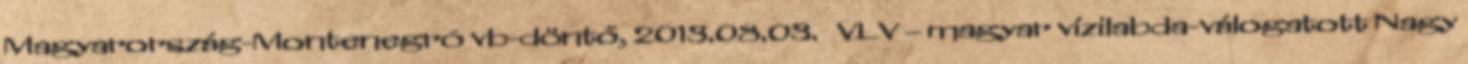
Magyarország-Montenegró vb-döntő, 2013.08.03. VLV – magyar vízilabda-válogatott Nagy